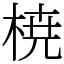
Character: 𣓤